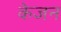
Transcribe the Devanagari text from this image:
केजन